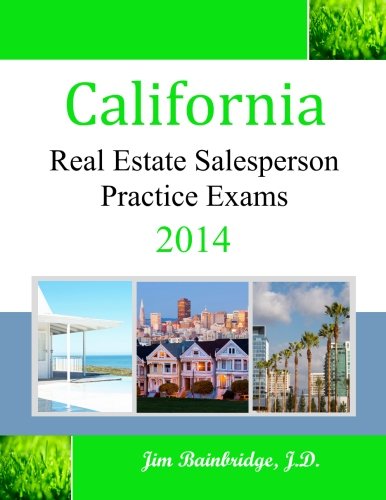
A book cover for California Real Estate Salesperson Practice Exams for 2014; Jim Bainbridge J.D.; Business & Money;